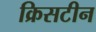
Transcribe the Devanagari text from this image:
क्रिसटीन